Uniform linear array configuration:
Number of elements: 16
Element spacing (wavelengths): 0.5
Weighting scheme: exponential
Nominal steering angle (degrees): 60
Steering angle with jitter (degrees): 58.154
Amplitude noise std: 0.05
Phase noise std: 0.05

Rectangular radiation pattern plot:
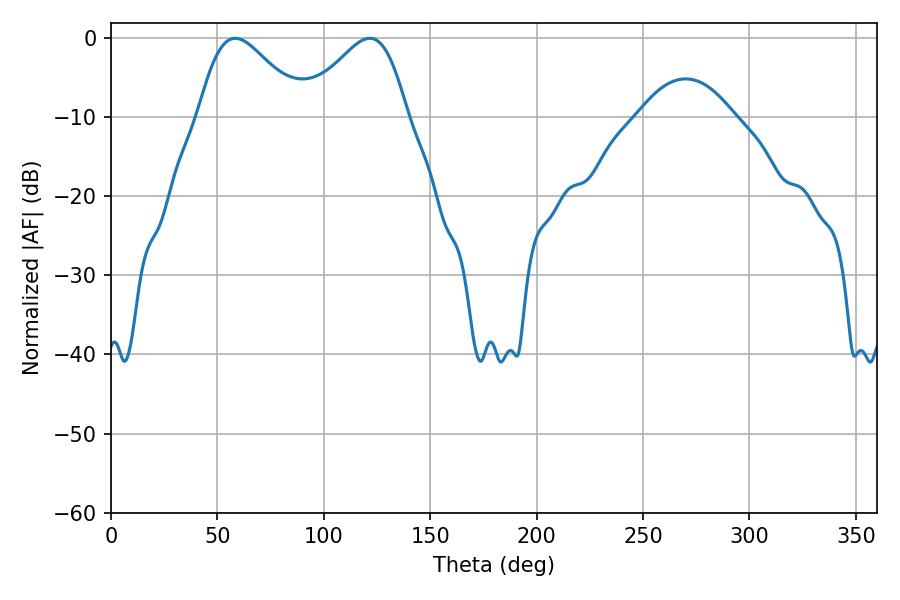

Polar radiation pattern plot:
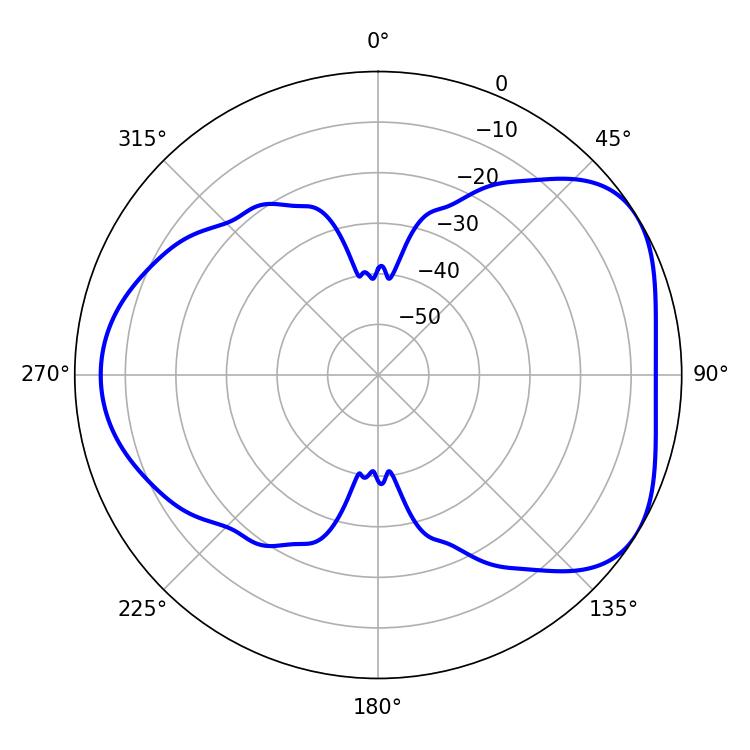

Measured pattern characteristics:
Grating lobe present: FALSE
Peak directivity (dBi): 4.762
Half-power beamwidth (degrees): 25.74
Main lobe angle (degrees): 58.32